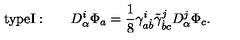
\mathrm { t y p e I : } \qquad D _ { \alpha } ^ { i } \Phi _ { a } = { \frac { 1 } { 8 } } \gamma _ { a \dot { b } } ^ { i } \tilde { \gamma } _ { \dot { b } c } ^ { j } D _ { \alpha } ^ { j } \Phi _ { c } .